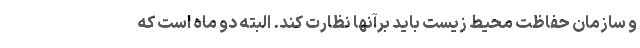
و سازمان حفاظت محیط زیست باید برآنها نظارت کند. البته دو ماه است که